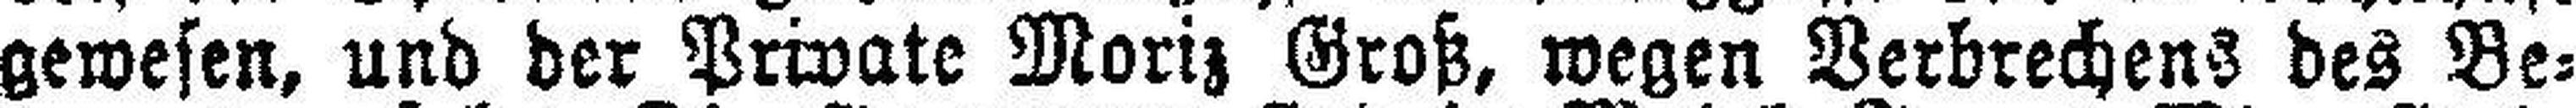
gewesen, und der Private Moriz Groß, wegen Verbrechens des Be¬